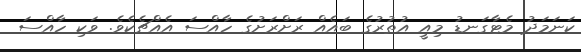
ކަނަމަދު މެޓާގަނޑު މިއީ އުތުރުގެ ބައެއް ރަށްރަށުގެ ހާއްސަ އެއްޗެކެވެ. ވަކި ހާއްސަ